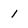
Character: 1